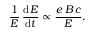
{ \frac { 1 } { E } } \, { \frac { \mathrm { d } E } { \mathrm { d } t } } \propto { \frac { e \, B \, c } { E } } .